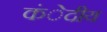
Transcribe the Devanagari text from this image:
कंेदीय